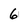
Character: 6